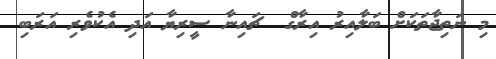
މި ނަތިޖާތަކަށް ބަލާއިރު އިރާގް  ޗައިނާ ސީރިޔާ އަދި އެކުވެރި އަރަބި